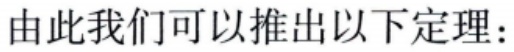
由此我们可以推出以下定理：